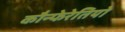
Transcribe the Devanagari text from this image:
कौन्फेरेतियो